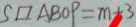
S \square A B O P = m + 3